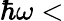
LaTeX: \hbar\omega<